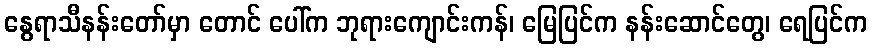
နွေရာသီနန်းတော်မှာ တောင် ပေါ်က ဘုရားကျောင်းကန်၊ မြေပြင်က နန်းဆောင်တွေ၊ ရေပြင်က